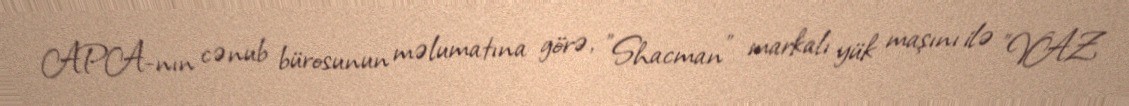
APA-nın cənub bürosunun məlumatına görə, "Shacman" markalı yük maşını ilə "VAZ